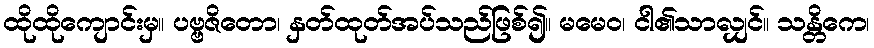
ထိုထိုကျောင်းမှ။ ပဗ္ဗဇိတော၊ နှတ်ထုတ်အပ်သည်ဖြစ်၍။ မမေဝ၊ ငါ၏သာလျှင်။ သန္တိကေ၊